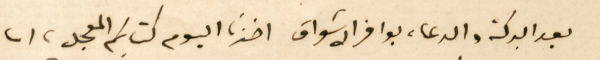
بعد البركة والدعاء بوافر الاشواق اخذنا اليوم كتابكم المعجل، اما